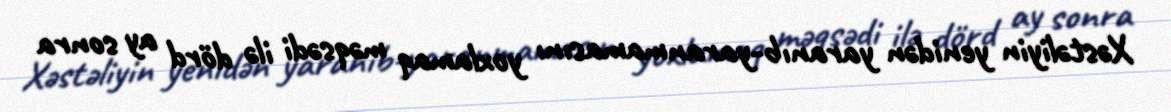
Xəstəliyin yenidən yaranıb-yaranmamasını yoxlamaq məqsədi ilə dörd ay sonra